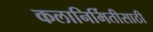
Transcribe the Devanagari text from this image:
कलानिर्मितीसाठी